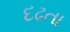
દઢતા